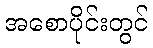
အစောပိုင်းတွင်